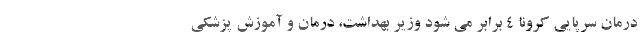
درمان سرپایی کرونا ۴ برابر می شود وزیر بهداشت، درمان و آموزش پزشکی